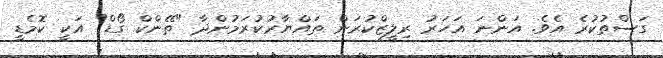
ގަސްތުކުރެ އެވެ. އަންނަ އަހަރު ރިލީޒްކުރަން ތައްޔާރުކުރަމުންދާ "ތޭންކް ގޯޑް" އަކީ ކޮމެޑީ